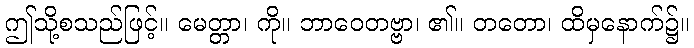
ဤသို့စသည်ဖြင့်။ မေတ္တာ၊ ကို။ ဘာဝေတဗ္ဗာ၊ ၏။ တတော၊ ထိမှနောက်၌။